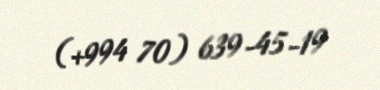
(+994 70) 639-45-19